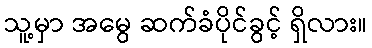
သူ့မှာ အမွေ ဆက်ခံပိုင်ခွင့် ရှိလား။